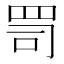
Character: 𦊛